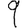
Digit: 9